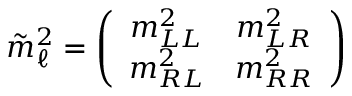
\tilde { m } _ { \ell } ^ { 2 } = \left( \begin{array} { c c } { { m _ { L L } ^ { 2 } } } & { { m _ { L R } ^ { 2 } } } \\ { { m _ { R L } ^ { 2 } } } & { { m _ { R R } ^ { 2 } } } \end{array} \right)